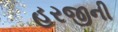
હરજીની